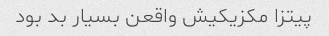
پیتزا مکزیکیش واقعن بسیار بد بود